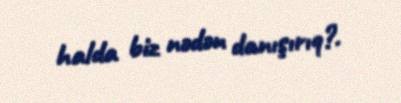
halda biz nədən danışırıq?.